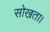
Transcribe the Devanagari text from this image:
सोखता।